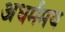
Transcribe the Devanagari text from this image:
अधर्ममय